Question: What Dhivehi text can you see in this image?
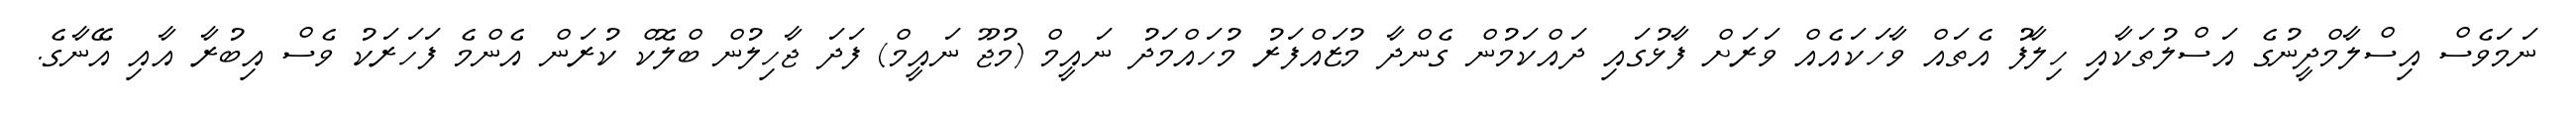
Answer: ނަމަވެސް އިސްލާމްދީނުގެ އަސްލުތަކާއި ހިލާފު އެތައް ވާހަކައެއް ވަރަށް ފާޅުގައި ދައްކަމުން ގެންދާ މުޒައްފަރު މުހައްމަދު ނައީމް (މުޖޫ ނައީމް) ފަދަ ޖާހިލުން ބްލޮކް ކުރަން އެންމެ ފަހަރަކު ވެސް އިބުރާ އާއި އޭނާގެ.